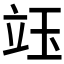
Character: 𥩨